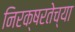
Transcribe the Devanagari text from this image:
निरक्षरतेच्या